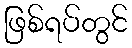
ဖြစ်ရပ်တွင်